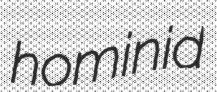
hominid